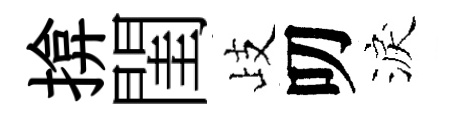
揜閨歧叨淚